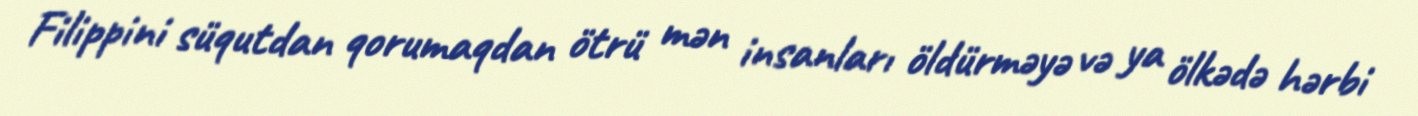
Filippini süqutdan qorumaqdan ötrü mən insanları öldürməyə və ya ölkədə hərbi